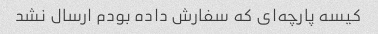
کیسه پارچه‌ای که سفارش داده بودم ارسال نشد